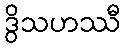
ဒွိသဟဿီ